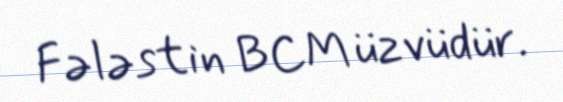
Fələstin BCM üzvüdür.